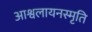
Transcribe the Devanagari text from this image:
आश्वलायनस्मृति